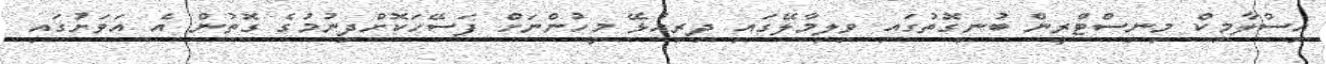
އިސްލާމިކް މިނިސްޓްރީން ބުނިގޮތުގައި ވިލިމާލޭގައި ދިރިއުޅޭ މީހުންނަށް ފަސޭހަކޮށްދިނުމުގެ ގޮތުން އެ އަވަށުގައި